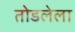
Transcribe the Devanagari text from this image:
तोडलेला